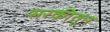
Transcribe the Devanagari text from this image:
सरकीतून